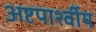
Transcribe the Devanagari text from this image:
अष्टपार्श्वीय